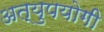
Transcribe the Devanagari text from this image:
अत्युपयोगी